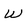
Character: W